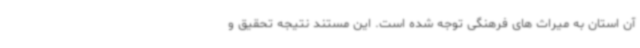
آن استان به میراث های فرهنگی توجه شده است. این مستند نتیجه تحقیق و